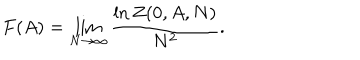
F ( A ) = \lim _ { N \rightarrow \infty } \frac { \ln Z ( 0 , A , N ) } { N ^ { 2 } } .